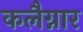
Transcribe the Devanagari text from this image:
कलैग्नार